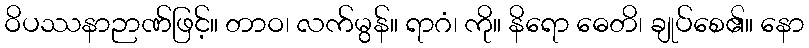
ဝိပဿနာဉာဏ်ဖြင့်။ တာဝ၊ လက်မွန်။ ရာဂံ၊ ကို။ နိရော ဓေတိ၊ ချုပ်စေ၏။ နော